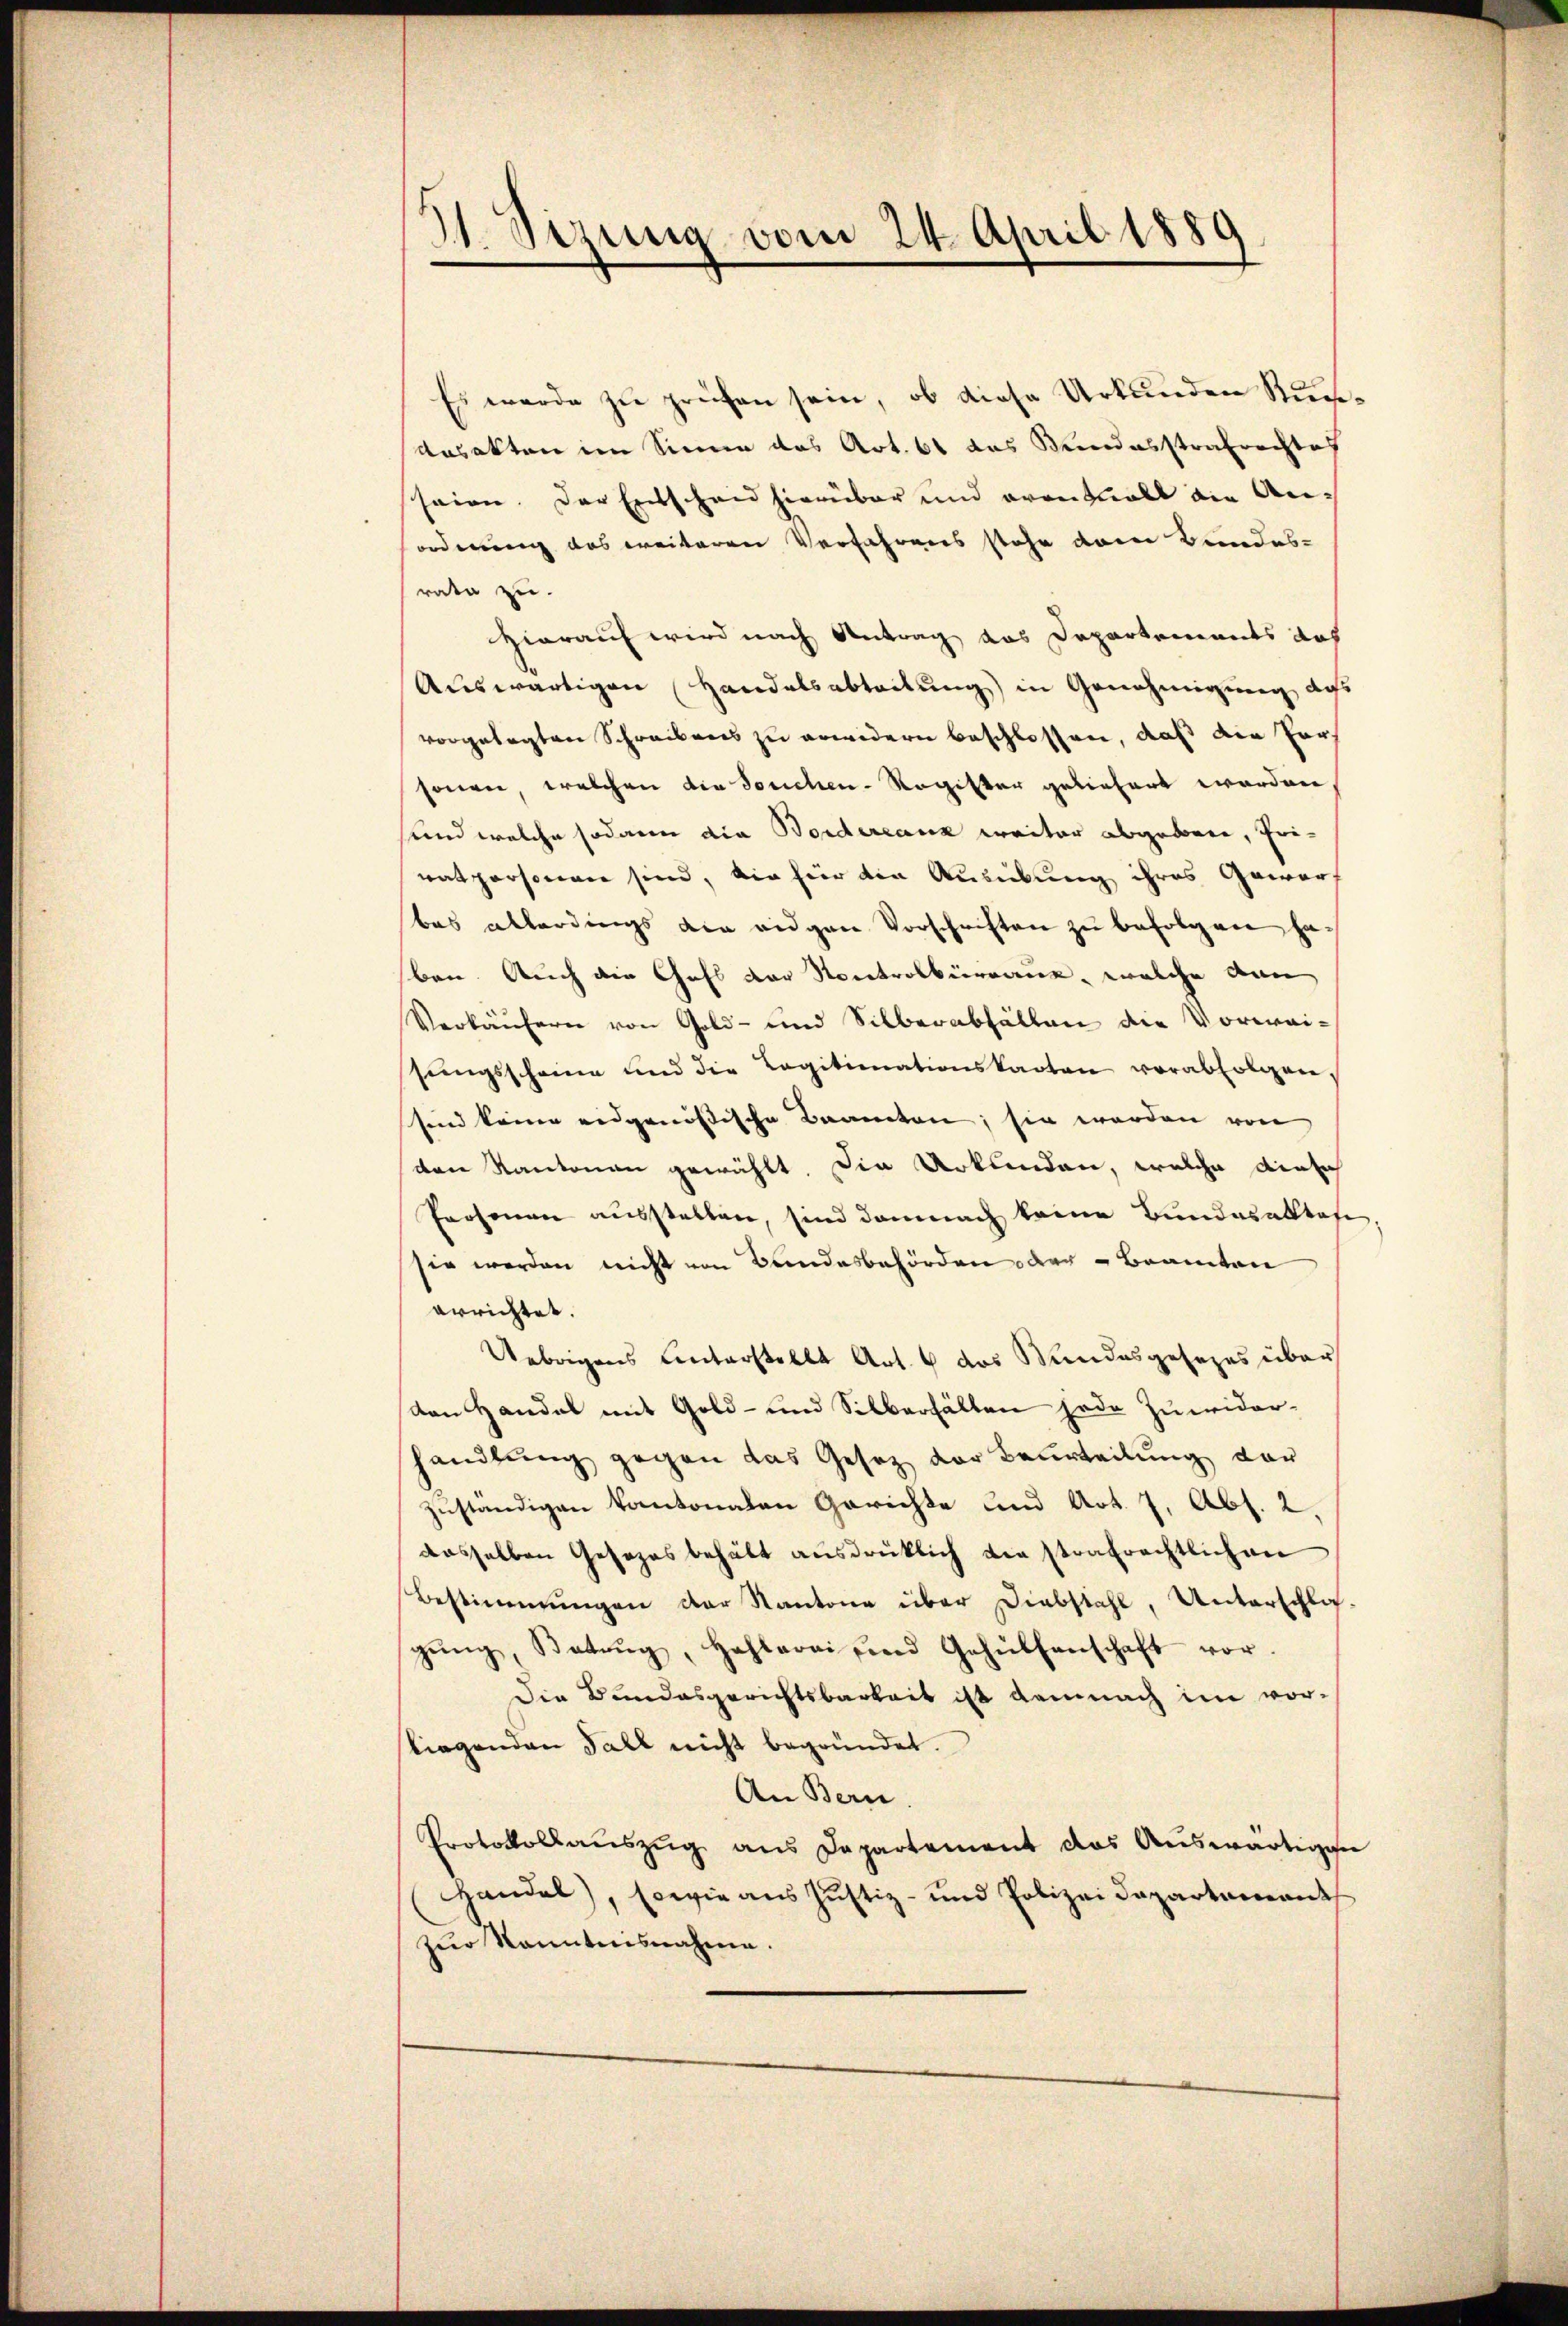
21. Sezung vom 24. April 1889

Es werde zu prüfen sein, ob diese Urkunden Stundasakten im Sinne das Art. 61 das Kindesstrafrechtes
seien. Der Entscheid hierüber und eranwalt die An-
ordnung das weiteren Verfahrens stehe dem Bundes-
rata zu.
Hierauf wird nach Antrag das Departements doch
Auswärtigen Handelsabteilung in Genehmigung des
vorgelegten Schreibens zu erwidern beschlossen, daß die Fors
sonen, welchen die Souchen-Register geliefert worden,
und welche sodann die Bordereaux weiter abgebene, Privatpersonen sind, die hier die Ausübung ihres Gewärt
bas allerdings die eidgen Vorschriften zŭ befolgen haben. Auch die Gahl der Kontrolbürraus, welche dan
Verkäŭfern von Gold- und Silberabfällen die Voreai-
sŭngsscheine und die Legitimationskarten vorabfolgen,
sind keine eidgenössische Beamten; sie werden von
den Kantonen gewählt. Die Urkunden, welche ainsich
Prosenen ausstellen, sind demnach keine Bundaraktafe
sie werden nicht von Bandesbehörden der Beamten
errichtet.
Uebrigens Unterstelle Art. 6 das Wundesgesezes über
den Handel mit Gold- und Silberhalten jede Zuwider-
handlung gegen das Gesetz der Beurteilung der
zuständigen Kantonalen Gerichte und Art. 7, Abs. 2.
dasselben Gesezes behält ausdrüklich die strafrechtlichen
Bestimmungen der Kantone über Diebstahl, Unterschlos-
gŭng, Batung, Hehlerei und Gehülfenschaft vor.
Die Bundesgerichtsbarkeit ist demnach im vor-
liegenden Fall nicht begründet.
An Bern
Protokollaŭszŭg ans Departement das Aŭswärtigen
Handel), sowie aus Justiz- und Polizeidepartament
zur Kenntnisnahme.